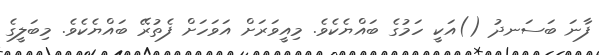
ފާނަ ބަސަނދު ()އަކީ ހަމުގެ ބައްޔެކެވެ. މިއީވަރަށް އަވަހަށް ފެތުރޭ ބައްޔެކެވެ. މިބަލީގެ